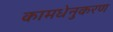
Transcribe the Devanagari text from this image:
कामधेनुकरण